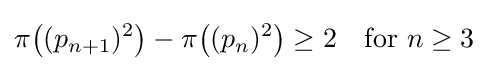
\pi {\big (}(p_{n+1})^{2}{\big )}-\pi {\big (}(p_{n})^{2}{\big )}\geq 2\quad {\text{for }}n\geq 3